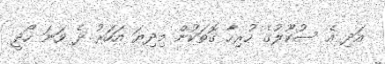
އަދި އެ ސުކޫލުގެ ހުރިހާ ގޮތަކުން މިދިޔަ އަހަރު ދެ ވަނަ ހޯދީ